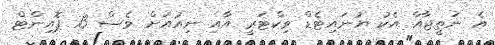
އެ ނަތީޖާއާ އެކު ޔުނައިޓެޑް ވިކްޓަރީ އާއި ނިއުއަށް ވެސް 13 ޕޮއިންޓް